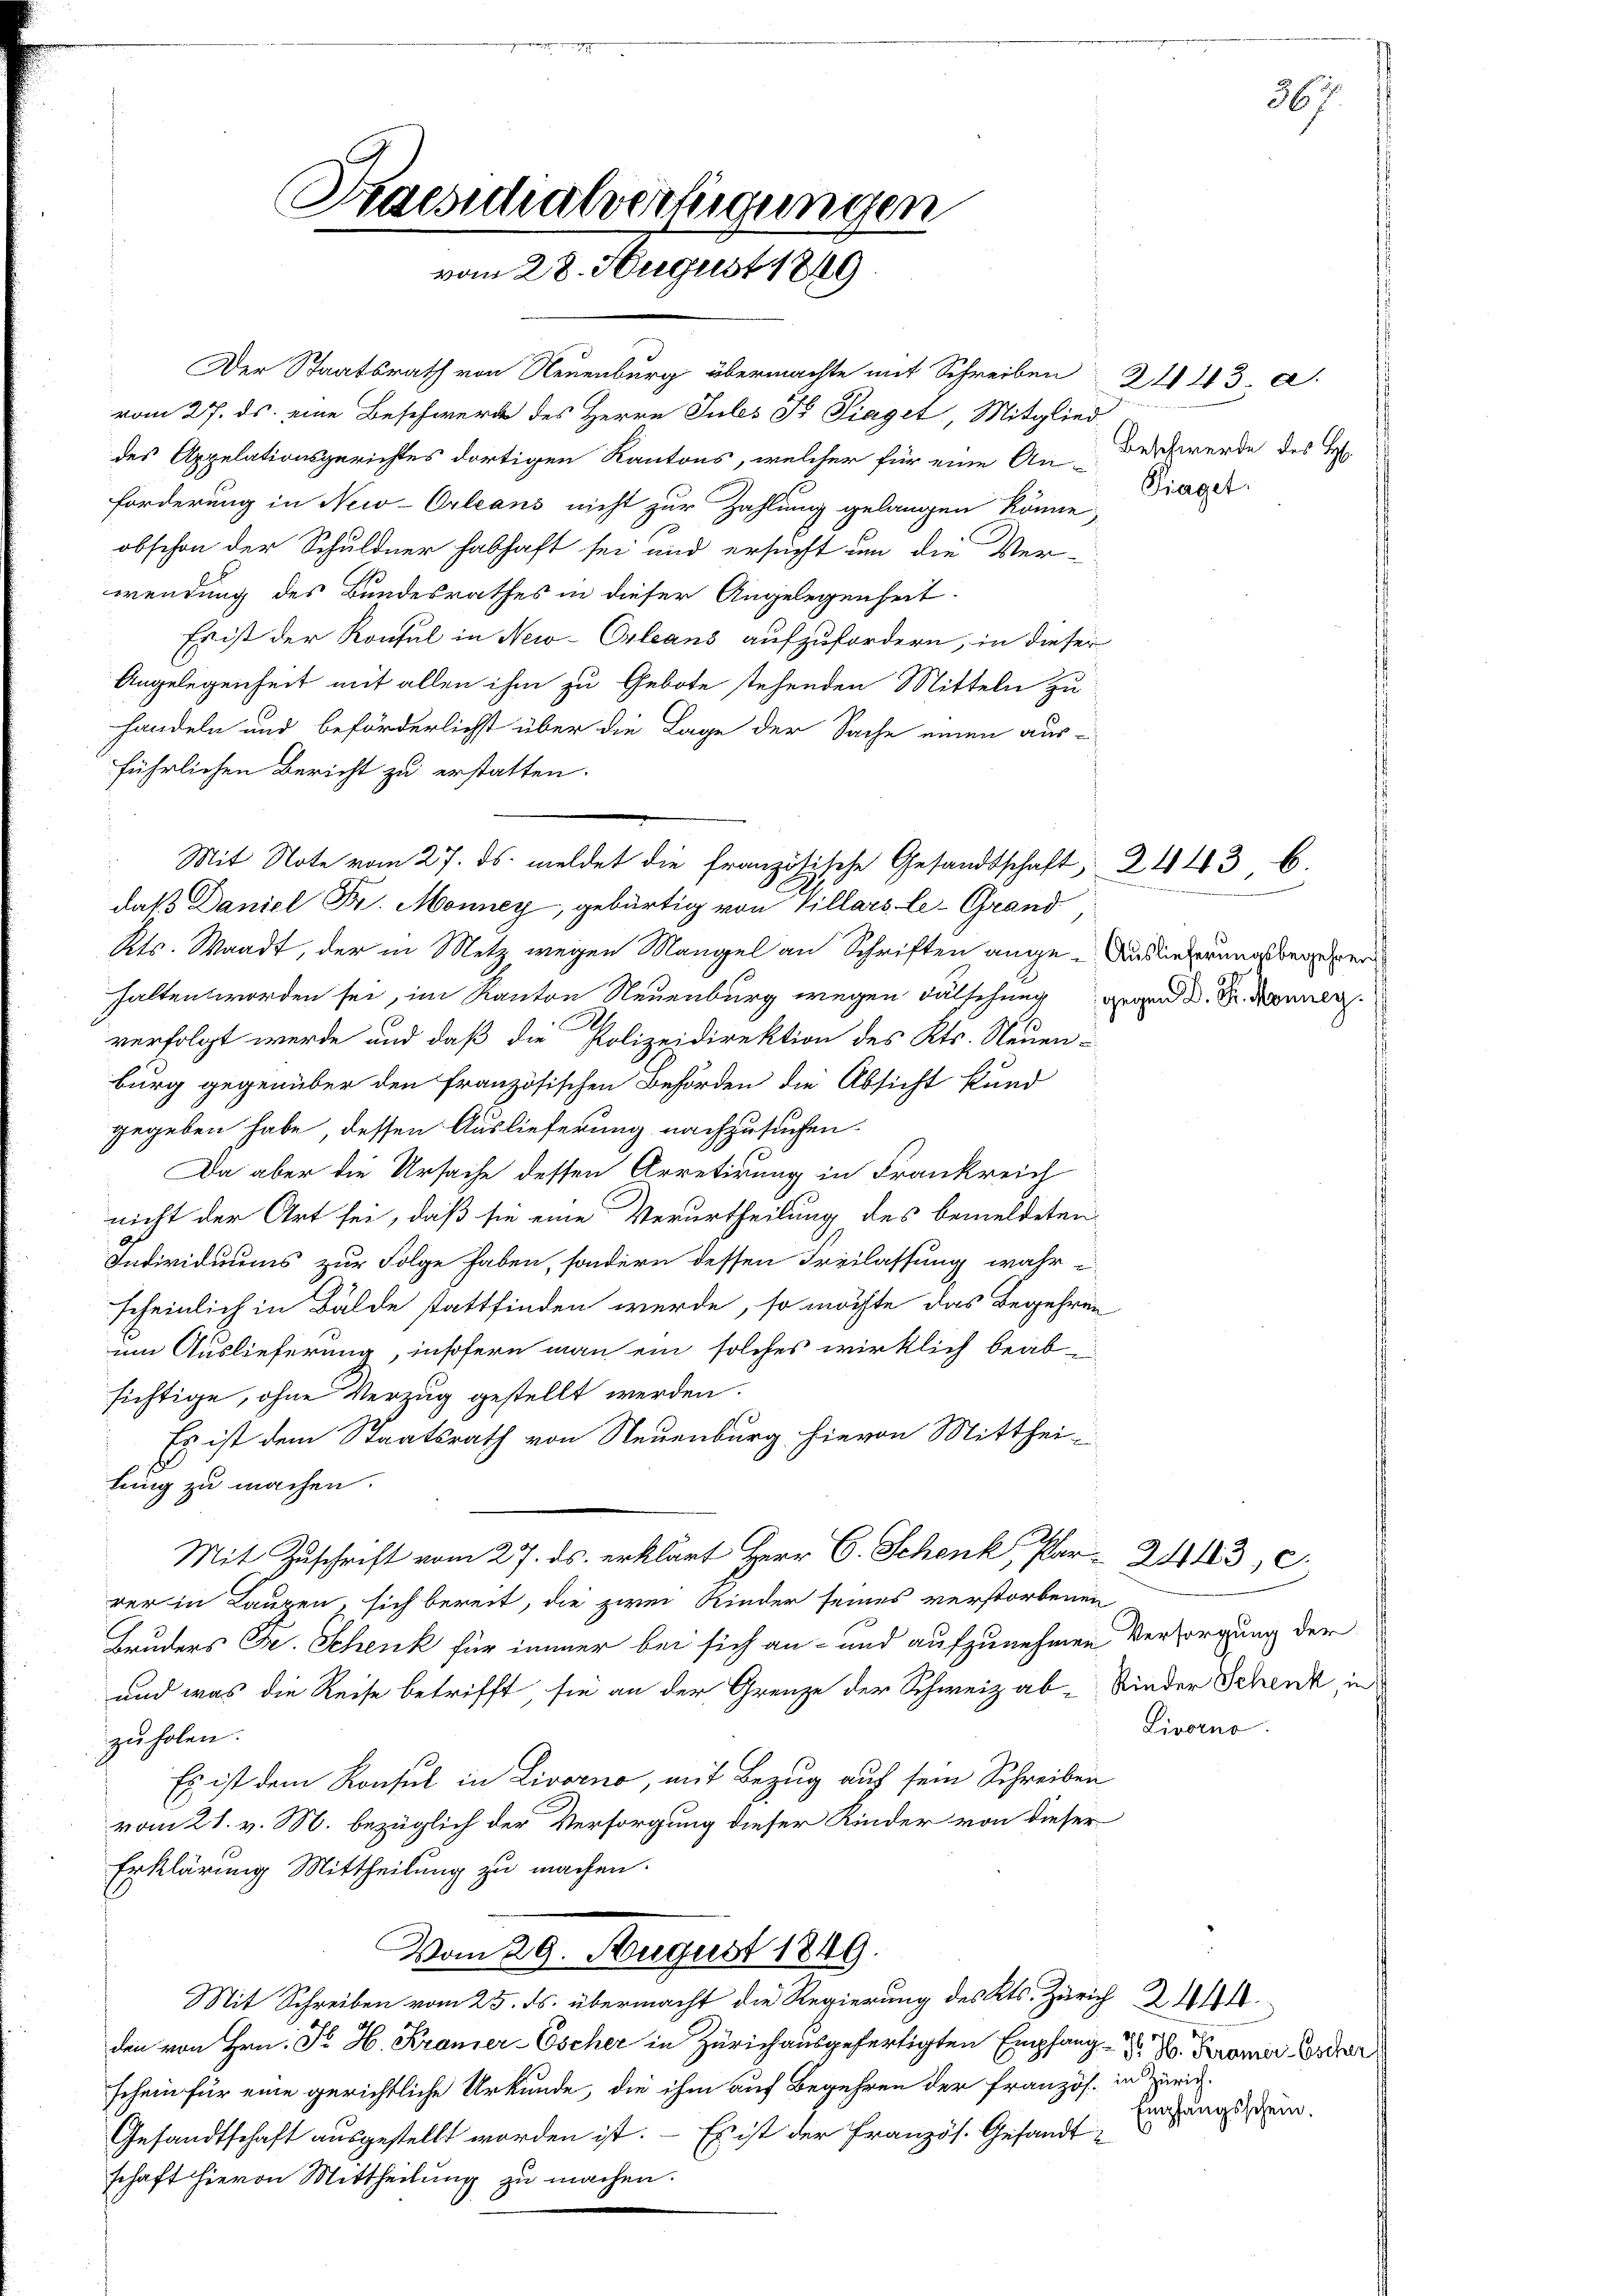
Praesidialverfügungen
vom 28. August 1849

Der Staatsrath von Neuenburg übermachte mit Schreiben
vom 27. ds. eine Beschwerde des Herrn Jules Fr. Siegel, Mitglied
des Appelationsgerichtes dortigen Kantons, welcher für eine An-
forderung in New-Orleans nicht zur Zahlung gelangen könne,
obschon der Schuldner habhaft sei und ersucht um die Ver-
wendung des Bundesrathes in dieser Angelegenheit
Es ist der Konsul in New-Orleans aufzufordern, in dieser
Angelegenheit mit allen ihm zu Gebote stehenden Mitteln zu
handeln und beförderlichst über die Lage der Sache einen aus-
führlichen Bericht zu erstatten.
Mit Note vom 27. ds. meldet die französische Gesandtschaft, 24436.
daß Daniel Fr. Monney, gebürtig von Villars le-Grand
Kts. Waadt, der in Metz wegen Mangel an Schriften ange-Ansiederungsbegegneri
halten worden sei, im Kanton Neuenburg wegen Fälschung gegen d. d. Mannen
E
verfolgt werde und daß die Polizeidirektion des Kts. Neuen-
burg gegenüber den französischen Behörden die Absicht kund
gegeben habe, dessen Auslieferung nachzusuchen.
Da aber die Ursache dessen Arretirung in Frankreich
nicht der Art sei, daß sie eine Verurtheilung des bemeldeten
Individuums zur Folge haben, sondern dessen Freilassung wahr
scheinlich in Bälde stattfinden werde, so möchte das Begehren
um Auslieferung, insofern man ein solches wirklich beabsichtige, ohne Verzug gestellt werden.
Es ist dem Staatsrath von Neuenburg hievon Mittheib
tung zu machen.
Mit Zuschrift vom 27. ds. erklärt Herr C. Schenk, Par-24430.
rer in Laupen, sich bereit, die zwei Kinder seines verstorbenen
Bruders C. Schenk für immer bei sich an- und aufzunehmen Versorgung der
und was die Reise betrifft, sie an der Grenze der Schweiz ab-Rieder Schenk, in
zuholen.
Es ist dem Konsul in Livorno, mit Bezug auf sein Schreiben
vom 21. v. M. bezüglich der Versorgung dieser Kinder von dieser
Erklärung Mittheilung zu machen.
Vom 29. August 1849.
Mit Schreiben vom 25. ds. übermacht die Regierung des Kts. Zürich 2144
den von Hrn. Fr. H. Krämer-Escher in Zürich ausgefertigten Empfangschein für eine gerichtliche Urkunde, die ihm auf Begehren der Französ. in Zürich
Gesandtschaft ausgestellt worden ist. – Es ist der Französ. Gesandt
schaft hievon Mittheilung zu machen.

2443. a.
Beschwerde des H.
Fraget.

Livorno.

H. H. Krämer-Escher
Empfangsschein.

367